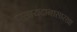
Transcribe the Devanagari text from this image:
पसायदानासारखा